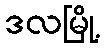
ဒလမြို့